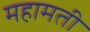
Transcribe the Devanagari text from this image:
महामती